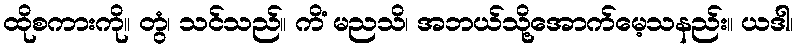
ထိုစကားကို။ တွံ၊ သင်သည်။ ကိံ မညသိ၊ အဘယ်သို့အောက်မေ့သနည်း။ ယဒါ၊